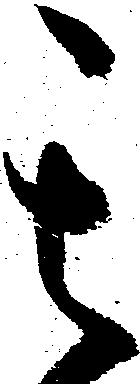
其